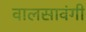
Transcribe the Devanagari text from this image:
वालसावंगी